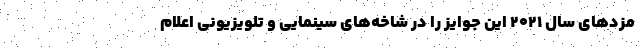
مزدهای سال ۲۰۲۱ این جوایز را در شاخه‌های سینمایی و تلویزیونی اعلام